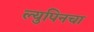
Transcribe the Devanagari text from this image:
ल्युपिनचा